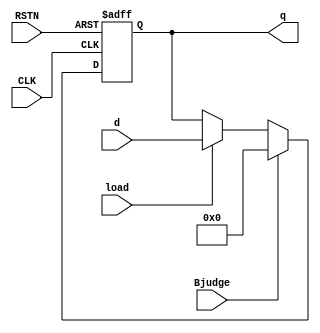
module reg16 (
  output reg [15:0] q,
  input [15:0] d,
  input load,
  input CLK,
  input RSTN,
  input Bjudge // Indicator: if NOP is needed
  );
  always @(posedge CLK or negedge RSTN)
  begin
    if (!RSTN) begin
      q <= 0;
    end
   
    else if(Bjudge) begin // If write_pc is on
    q <= 16'b0000000000000000; //NOP
   end
   
   else if (load) begin
      q <= d; 
    end   
  end
endmodule